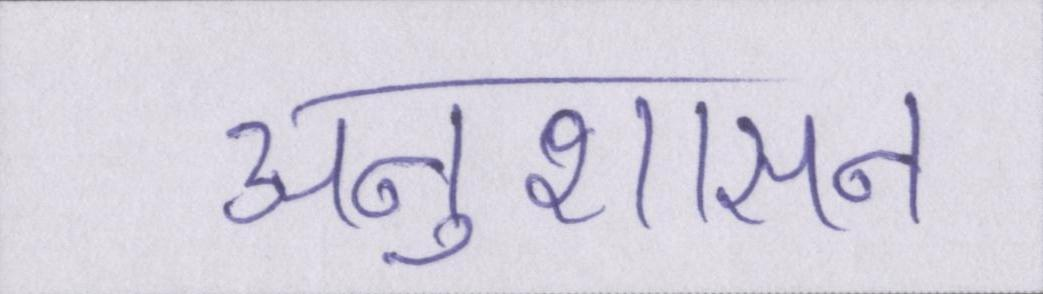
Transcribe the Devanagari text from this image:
अनुशासन